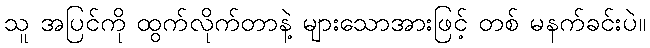
သူ အပြင်ကို ထွက်လိုက်တာနဲ့ များသောအားဖြင့် တစ် မနက်ခင်းပဲ။